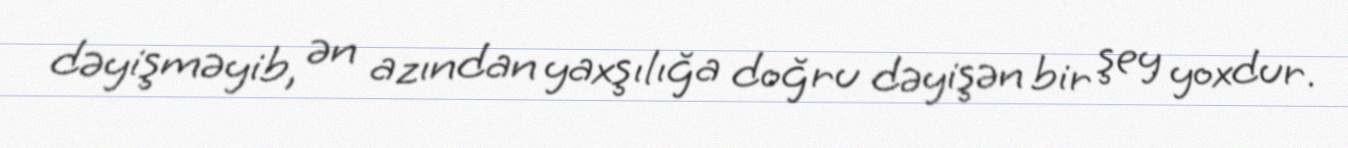
dəyişməyib, ən azından yaxşılığa doğru dəyişən bir şey yoxdur.